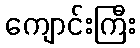
ကျောင်းကြီး